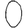
Digit: 0